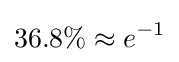
36.8\%\approx e^{-1}